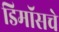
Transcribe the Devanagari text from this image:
डिमॉसचे